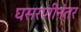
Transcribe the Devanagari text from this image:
घसरणीनंतर